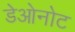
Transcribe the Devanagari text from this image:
डेओनोट